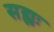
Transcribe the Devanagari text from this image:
सह्यः